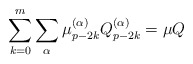
\begin{align*}\sum_{k=0}^m \sum_{\alpha} \mu_{p- 2k}^{(\alpha)}Q_{p-2k}^{(\alpha)} = \mu Q\end{align*}